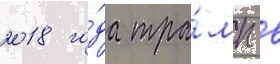
2018 го́да тра́мп в